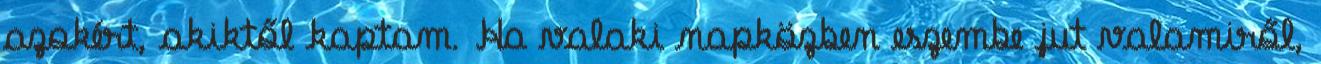
azokért, akiktől kaptam. Ha valaki napközben eszembe jut valamiről,